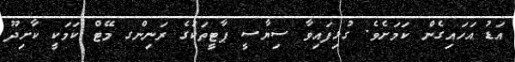
އަޑު އަހައިގެން ކަމަށެވެ. ގުޅިފައިވާ ސިޔާސީ ޕާޓީތަކުގެ ރަނިންގ މޭޓް ކަމަކީ ކާށިދޫ